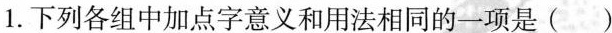
1.下列各组中加点字意义和用法相同的一项是()